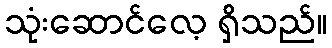
သုံးဆောင်လေ့ ရှိသည်။